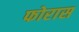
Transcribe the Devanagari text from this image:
फोरास